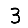
Digit: 3